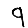
Digit: 9